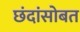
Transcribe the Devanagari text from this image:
छंदांसोबत